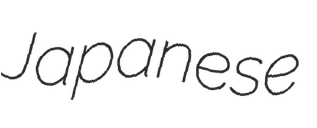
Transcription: Japanese